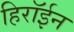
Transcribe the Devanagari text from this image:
हिरॉईन